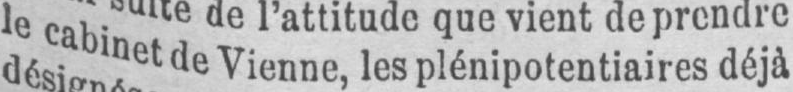
le cabinet de Vienne, les plénipotentiaires déjà